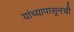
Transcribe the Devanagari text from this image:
यांच्यापासूनची